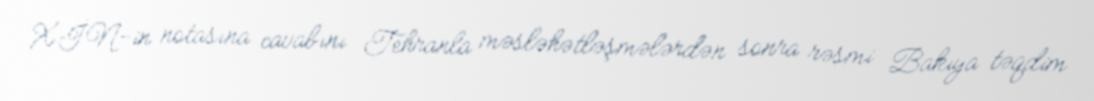
XİN-in notasına cavabını Tehranla məsləhətləşmələrdən sonra rəsmi Bakıya təqdim